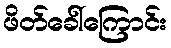
ဖိတ်ခေါ်ကြောင်း